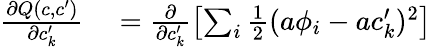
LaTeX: \begin{array}{rl}{\frac{\partial Q(c,c^{\prime})}{\partial c_{k}^{\prime}}}&{{}=\frac{\partial}{\partial c_{k}^{\prime}}\left[\sum_{i}\frac{1}{2}(a\phi_{i}-ac_{k}^{\prime})^{2}\right]}\end{array}